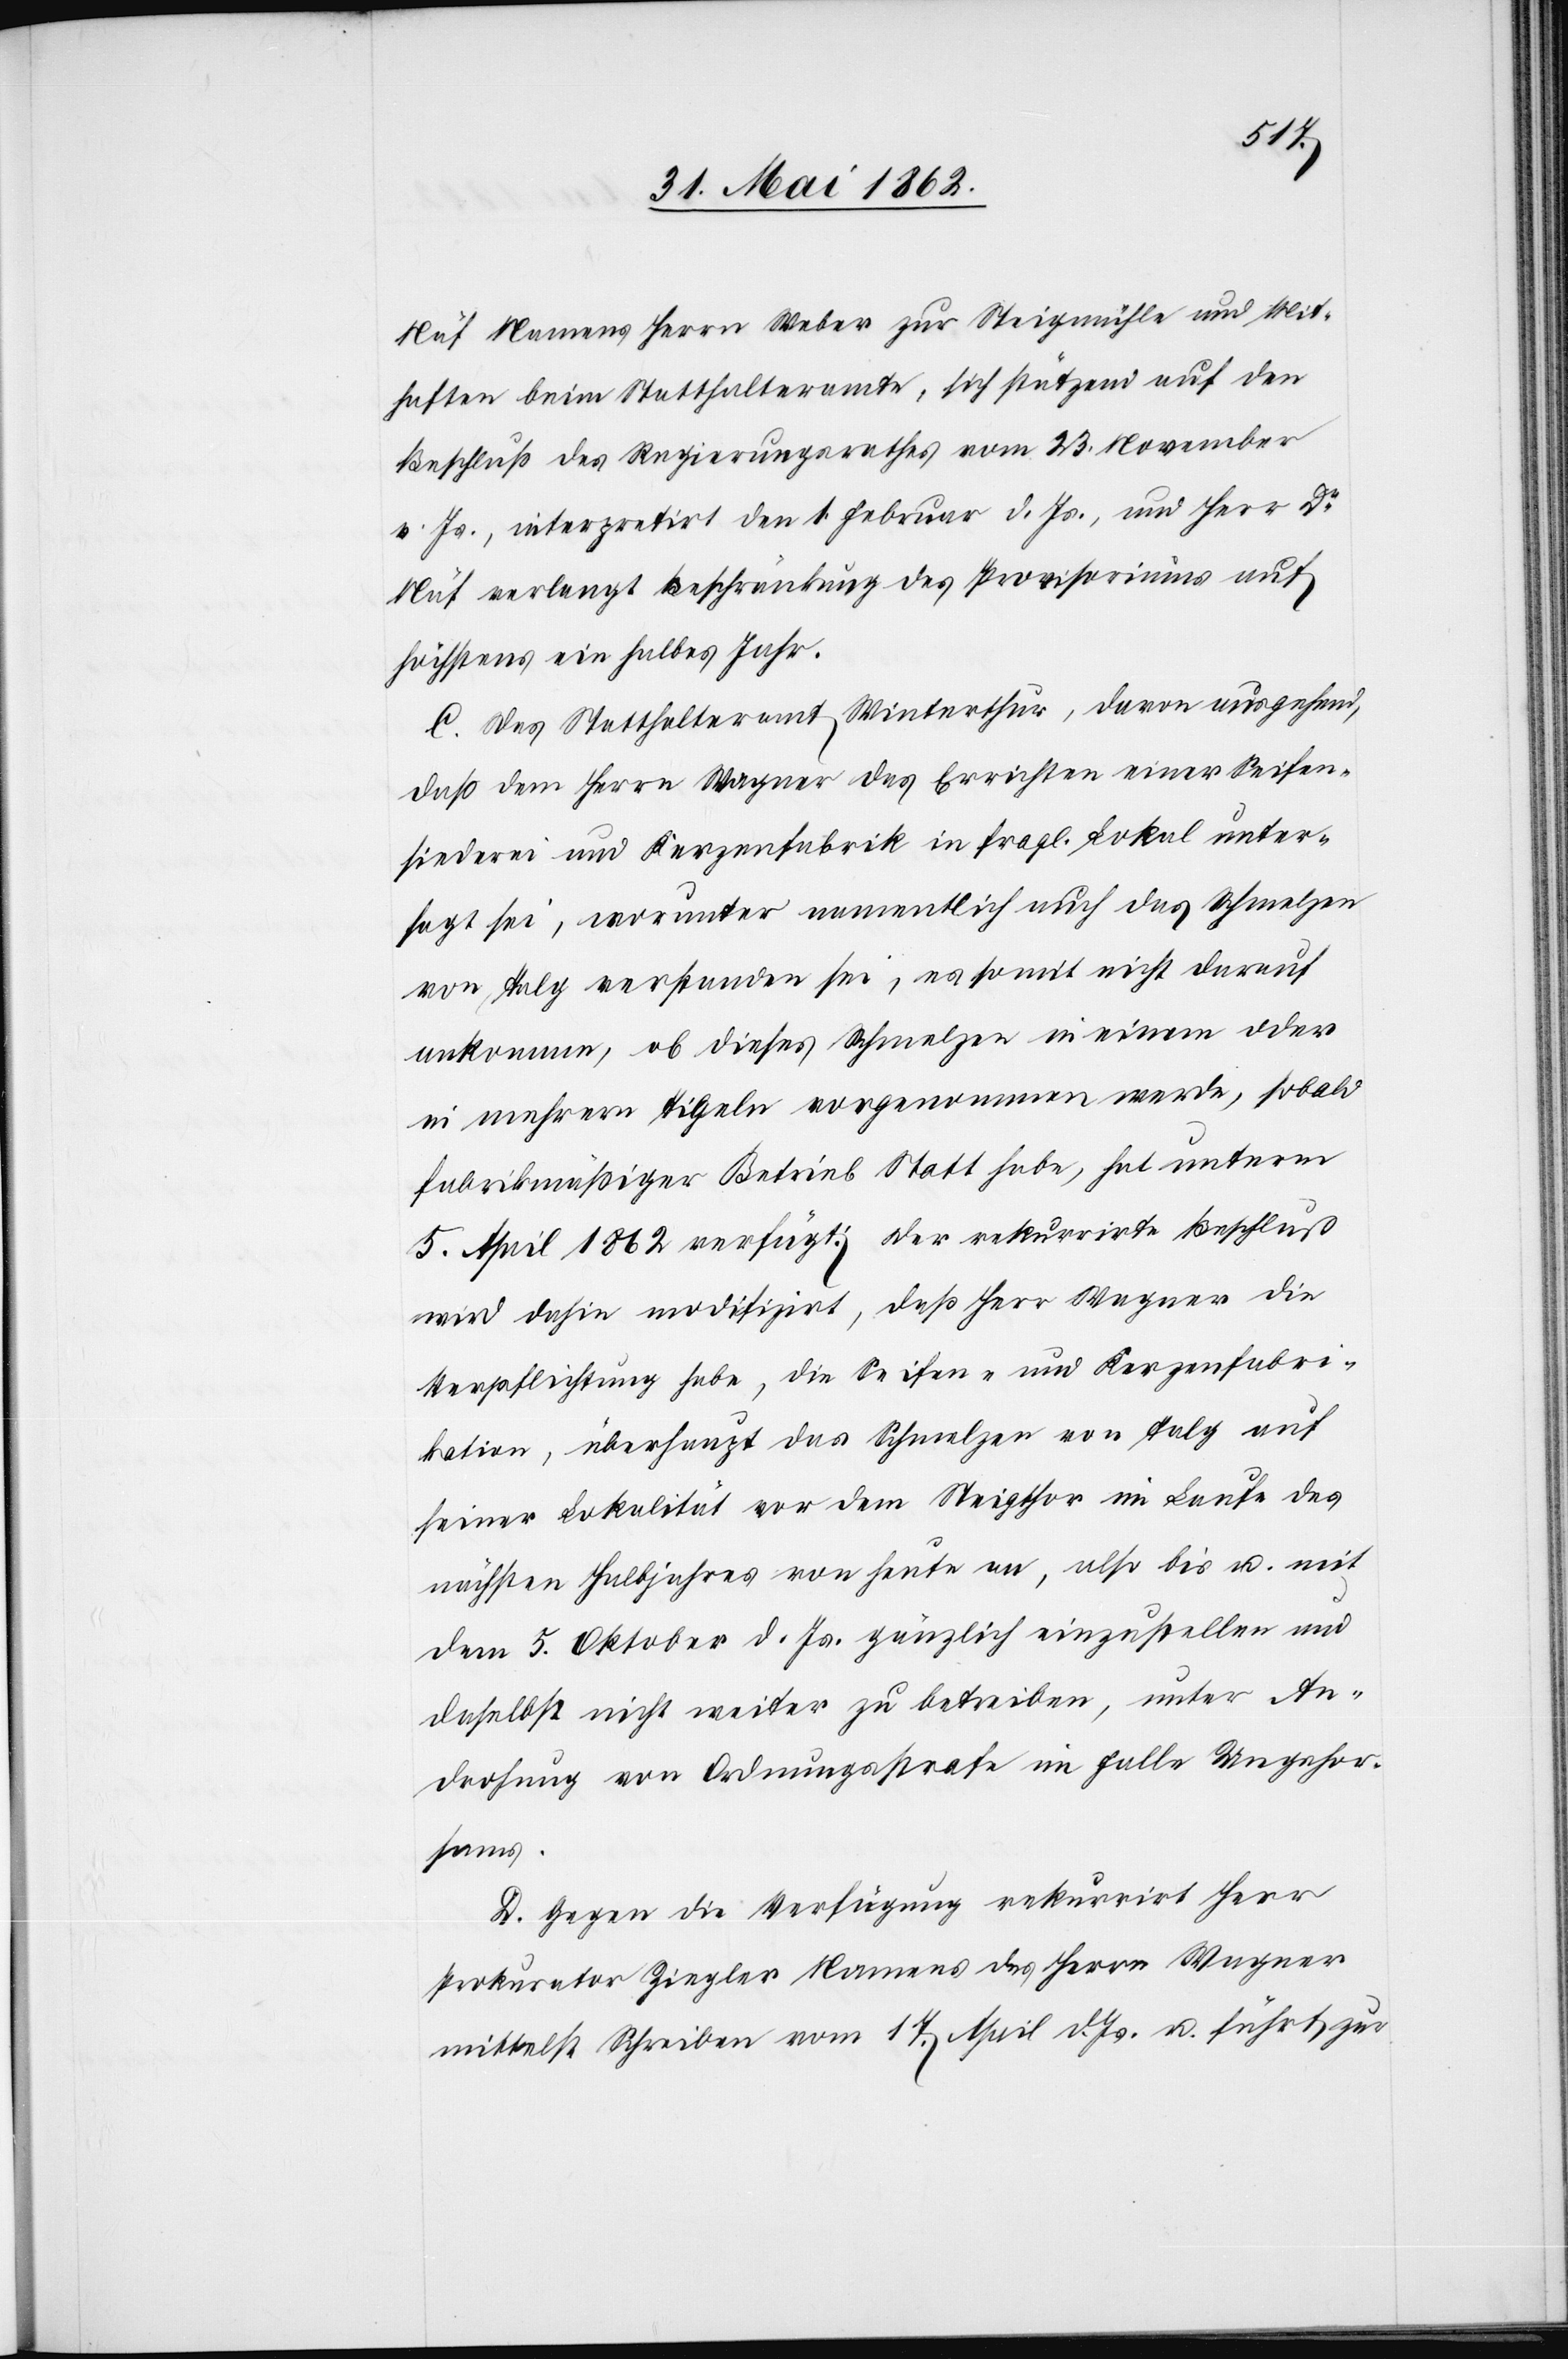
sams.
Näf Namens Herrn Weber zur Steigmühle und Mit¬
haften beim Statthalteramte, sich stützend auf den
Beschluß des Regierungsrathes vom 23. November
v. Js., interpretirt den 1. Februar d. Js., und Herr Dr.
Näf verlangt Beschränkung des Provisoriums auf
höchstens ein halbes Jahr.
C. Das Statthalteramt Winterthur, davon ausgehend,
daß dem Herrn Wagner das Errichten einer Seifen¬
siederei und Kerzenfabrik in fragl. Lokal unter¬
sagt sei, worunter namentlich auch das Schmelzen
von Talg verstanden sei, es somit nicht darauf
ankomme, ob dieses Schmelzen in einem oder
in mehrern Tigeln vorgenommen werde, sobald
fabrikmäßiger Betrieb Statt habe, hat unterm
5. April 1862 verfügt. Der rekurrirte Beschluß
wird dahin modifizirt, daß Herr Wagner die
Verpflichtung habe, die Seifen- und Kerzenfabri¬
kation, überhaupt das Schmelzen von Talg auf
seiner Lokalität vor dem Steigthor im Laufe des
nächsten Halbjahres von heute an, also bis u. mit
dem 5. Oktober d. Js. gänzlich einzustellen und
daselbst nicht weiter zu betreiben, unter An¬
drohung von Ordnungsstrafe im Falle Ungehor¬
D. Gegen die Verfügung rekurrirt Herr
Prokurator Ziegler Namens des Herrn Wagner
mittelst Schreiben vom 17. April d. Js. u. führt zur